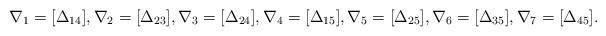
LaTeX: \begin{align*}\nabla_1= [\Delta_{14}], \nabla_2=[\Delta_{23}], \nabla_3 = [\Delta_{24}], \nabla_4=[\Delta_{15}], \nabla_5 = [\Delta_{25}], \nabla_6= [\Delta_{35}], \nabla_7=[\Delta_{45}]. \end{align*}